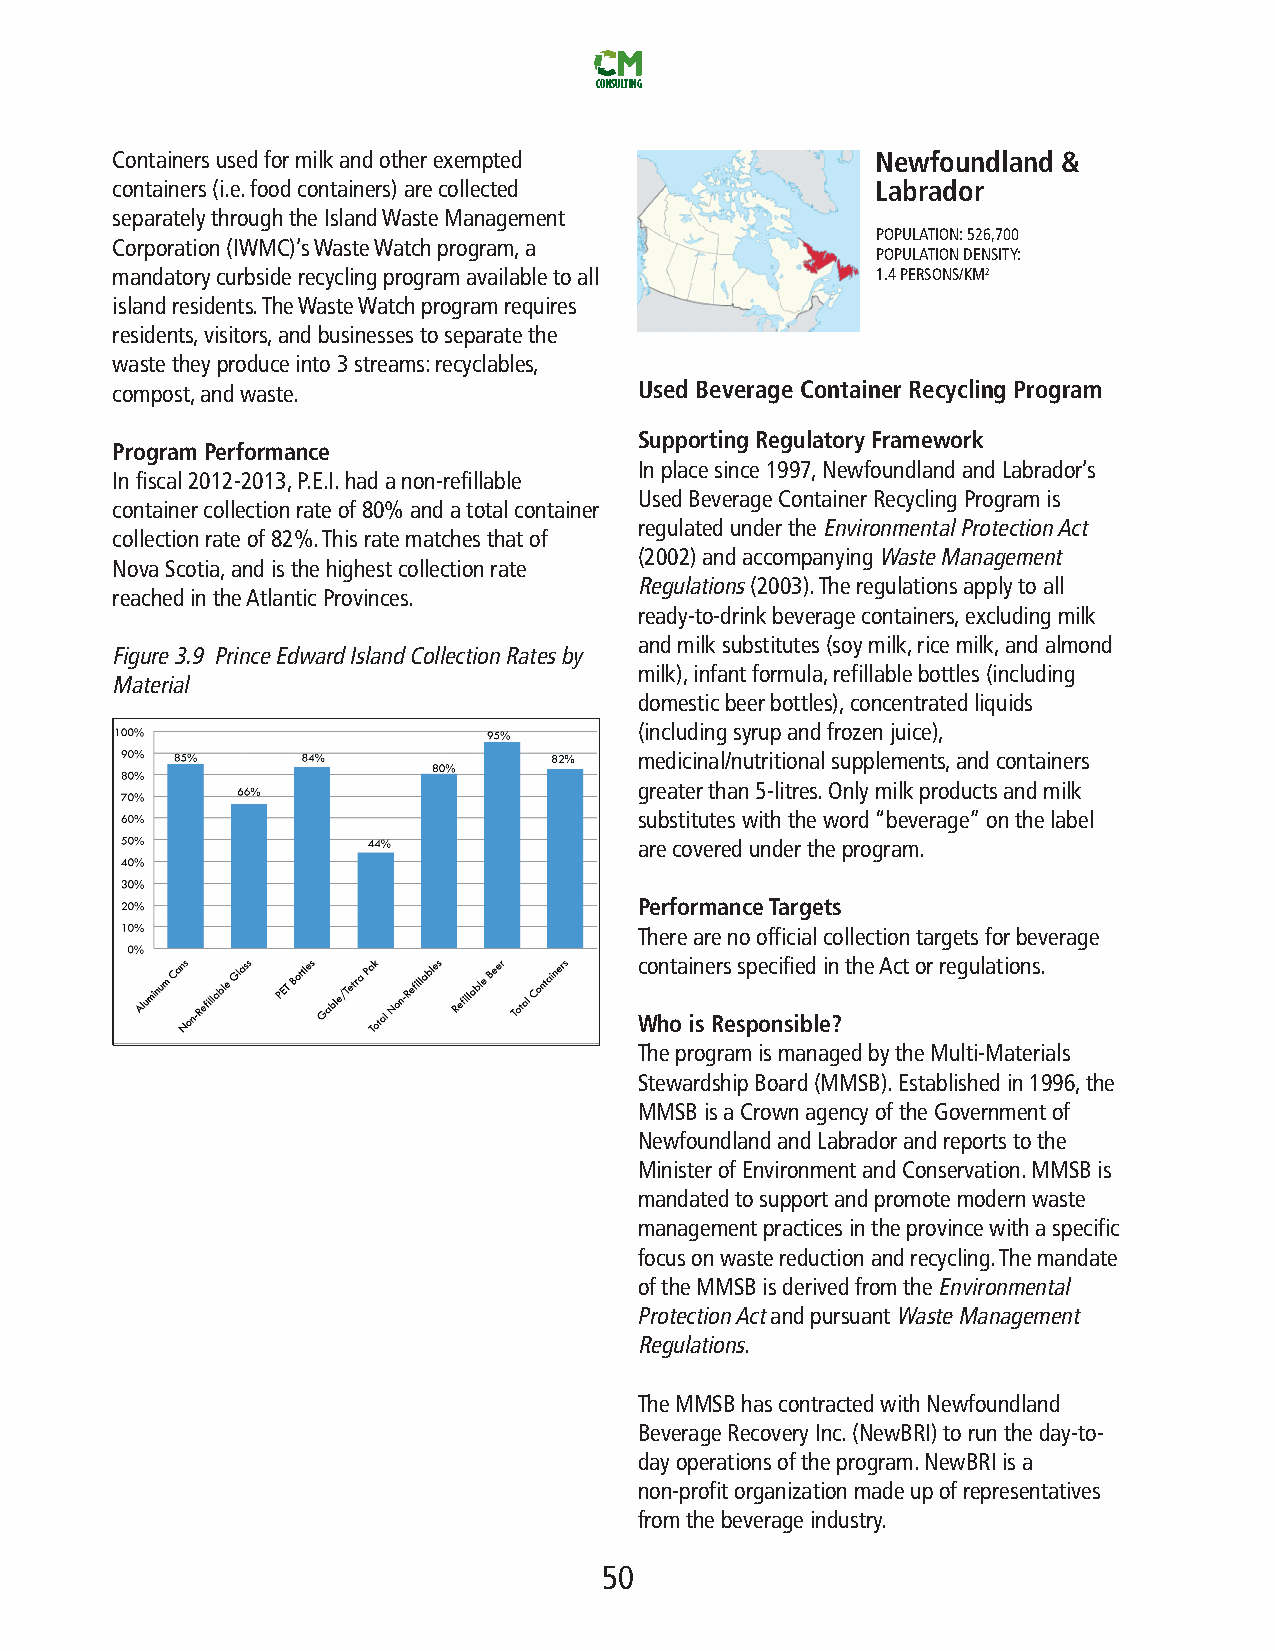
CONSULTING
 Containersusedformilkandotherexempted              Newfoundland &
 containers(i.e.foodcontainers)arecollected         Labrador
 separatelythroughtheIslandWasteManagement
 POPULATION:526,700
 Corporation(IWMC)’sWasteWatchprogram,a
 POPULATIONDENSITY:
 mandatorycurbsiderecyclingprogramavailabletoall    1.4PERSONS/KM2
 islandresidents.TheWasteWatchprogramrequires
 residents,visitors,andbusinessestoseparatethe
 wastetheyproduceinto3streams:recyclables,
 compost,andwaste.                  Used Beverage Container Recycling Program
 SupportingRegulatoryFramework
 ProgramPerformance
 Inplacesince1997,NewfoundlandandLabrador’s
 Infiscal2012-2013,P.E.I.hadanon-refillable
 UsedBeverageContainerRecyclingProgramis
 containercollectionrateof80%andatotalcontainer
 regulatedundertheEnvironmentalProtectionAct
 collectionrateof82%.Thisratematchesthatof
 (2002)andaccompanyingWasteManagement
 NovaScotia,andisthehighestcollectionrate
 Regulations(2003).Theregulationsapplytoall
 reachedintheAtlanticProvinces.
 ready-to-drinkbeveragecontainers,excludingmilk
 andmilksubstitutes(soymilk,ricemilk,andalmond
 Figure3.9 PrinceEdwardIslandCollectionRatesby
 milk),infantformula,refillablebottles(including
 Material
 domesticbeerbottles),concentratedliquids
 (includingsyrupandfrozenjuice),
 medicinal/nutritionalsupplements,andcontainers
 greaterthan5-litres.Onlymilkproductsandmilk
 substituteswiththeword“beverage”onthelabel
 arecoveredundertheprogram.
 PerformanceTargets
 Therearenoofficialcollectiontargetsforbeverage
 containersspecifiedintheActorregulations.
 WhoisResponsible?
 TheprogramismanagedbytheMulti-Materials
 StewardshipBoard(MMSB).Establishedin1996,the
 MMSBisaCrownagencyoftheGovernmentof
 NewfoundlandandLabradorandreportstothe
 MinisterofEnvironmentandConservation.MMSBis
 mandatedtosupportandpromotemodernwaste
 managementpracticesintheprovincewithaspecific
 focusonwastereductionandrecycling.Themandate
 oftheMMSBisderivedfromtheEnvironmental
 ProtectionActandpursuantWasteManagement
 Regulations.
 TheMMSBhascontractedwithNewfoundland
 BeverageRecoveryInc.(NewBRI)toruntheday-to-
 dayoperationsoftheprogram.NewBRIisa
 non-profitorganizationmadeupofrepresentatives
 fromthebeverageindustry.
 50